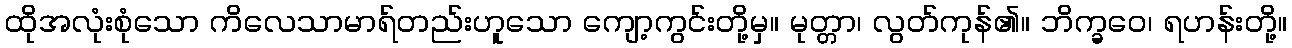
ထိုအလုံးစုံသော ကိလေသာမာရ်တည်းဟူသော ကျော့ကွင်းတို့မှ။ မုတ္တာ၊ လွတ်ကုန်၏။ ဘိက္ခဝေ၊ ရဟန်းတို့။